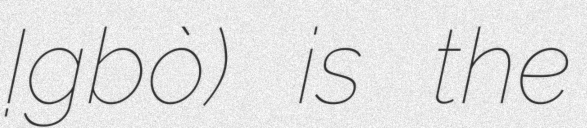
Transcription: Ị̀gbò) is the